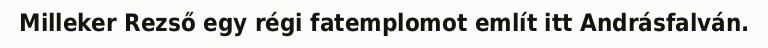
Milleker Rezső egy régi fatemplomot említ itt Andrásfalván.